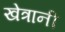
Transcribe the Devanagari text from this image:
खेत्रानी